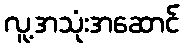
လူ့အသုံးအဆောင်